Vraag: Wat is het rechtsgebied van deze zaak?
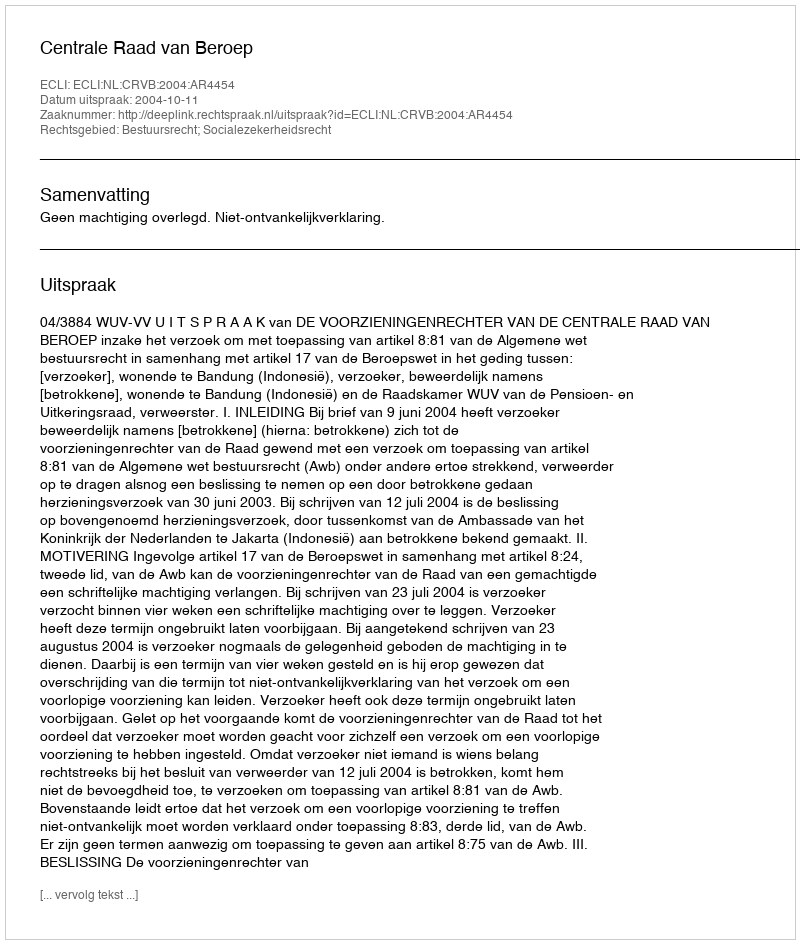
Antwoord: Bestuursrecht; Socialezekerheidsrecht